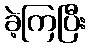
ခဲ့ကြပြီး